King Institute of Preventive Medicine Micro-Biological Section reports 1909-11
Year: 1909
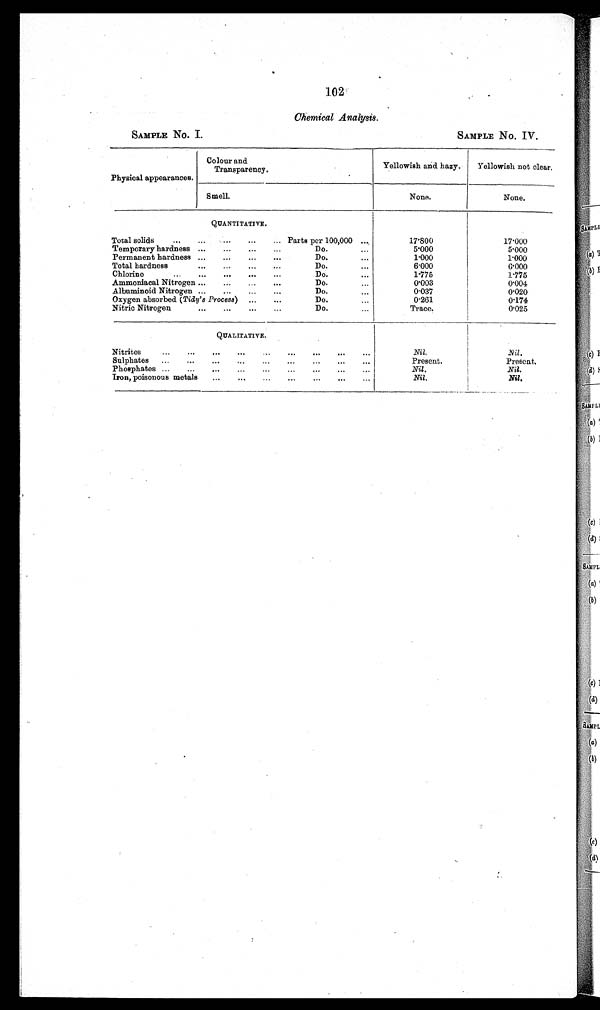
SAMPLE No. I.
SAMPLE No. IV
102
Chemical Analyses.
Physical appearances.
Colour and
Transparency.
Yellowish and hazy
Yellowish not clear
Smell
None.
None.
Q U A N T I T A T I V E .
Total solids
...
. . . . . . . . . ...
Parts per 100,000 ...,
17.800
17.000
. . .
. ' '
Temporary hardness '..
'''
Do.
'..
5 . 0 0 0
5.000
.'
Permanent hardness ''''''
.''
Do.
'''
1.000
1.000
.
Total hardness
'''
'''
Do'
'''
6.000
6.000
''.
Chlorine
'.'
...
..s
Do.
. . .
1.775
1 . 7 7 5
D o .
0.003
0.004
Ammoniacal Nitrogen '''
...
'
Albuminoid Nitrogen ''''..
Do.
'..
0.037
0.020
Oxygen absorbed (Tidy's Process) ,''.'.
Do.
...
0.261
0.174
Nitric Nitrogen
''.
'.'
.''
Do.
.''
Trace.
0.025
QUALITATIVE
Nitrites
''.
...
'''
.'.
'.'
...
...
Nil,
N i l .
Sulphates
...
...
...
..,
...
Present.
Present.
Phosphates ...
...
...
...
...
...
Nil.
Nil.
Iron , poisonous metals
...
. . .
...
Nil.
Nil.